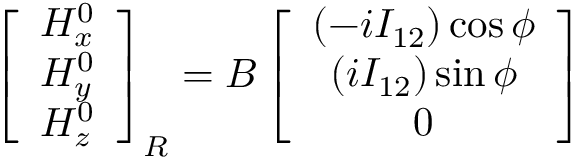
\left[ \begin{array} { c } { H _ { x } ^ { 0 } } \\ { H _ { y } ^ { 0 } } \\ { H _ { z } ^ { 0 } } \end{array} \right] _ { R } = B \left[ \begin{array} { c } { \left( - i I _ { 1 2 } \right) \cos \phi } \\ { \left( i I _ { 1 2 } \right) \sin \phi } \\ { 0 } \end{array} \right]